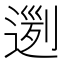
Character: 𨔭